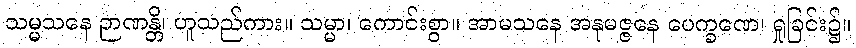
သမ္မသနေ ဉာဏန္တိ၊ ဟူသည်ကား။ သမ္မာ၊ ကောင်းစွာ။ အာမသနေ အနုမဇ္ဇနေ ပေက္ခဏေ၊ ရှုခြင်း၌။